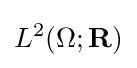
L^{2}(\Omega ;\mathbf {R} )